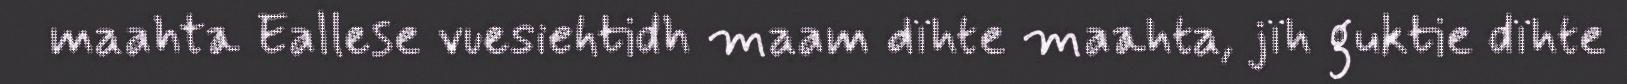
maahta Eallese vuesiehtidh maam dïhte maahta, jïh guktie dïhte